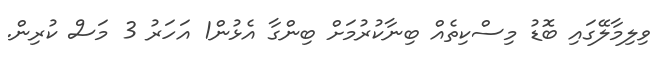
ވިލިމާލޭގައި ބޮޑު މިސްކިތެއް ބިނާކުރުމަށް ބިންގާ އެޅުން1 އަހަރު 3 މަސް ކުރިން.